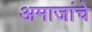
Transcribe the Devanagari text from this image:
अमाजांचे